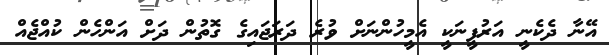
އޭނާ ދެކެނީ އަރުފީނަކީ އެމީހުންނަށް ވުރެ ދަރަޖައިގެ ގޮތުން ދަށް އަންހެން ކުއްޖެއް